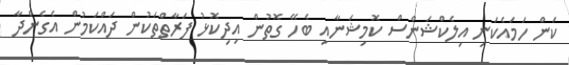
ކަން ހަމައެކަނި އިލެކްޝަންސް ކޮމިޝަނާއި ބެހޭ ގޮތުން އިދިކޮޅު ފަރާތްތަކުން ދައްކަމުން އެގެންދާ